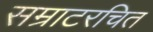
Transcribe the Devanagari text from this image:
सम्राटरचित